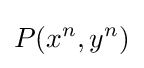
P(x^{n},y^{n})